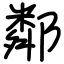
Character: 鄰